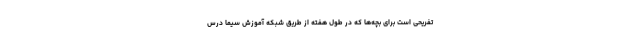
تفریحی است برای بچه‌ها که در طول هفته از طریق شبکه آموزش سیما درس